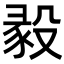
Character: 𣪣